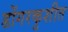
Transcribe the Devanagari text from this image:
डोंगरकुशीत